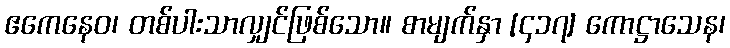
ဧကေနေဝ၊ တစ်ပါးသာလျှင်ဖြစ်သော။ စာမျက်နှာ [၄၁၇] ကောဋ္ဌာသေန၊